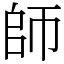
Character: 師